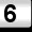
Digit: 6